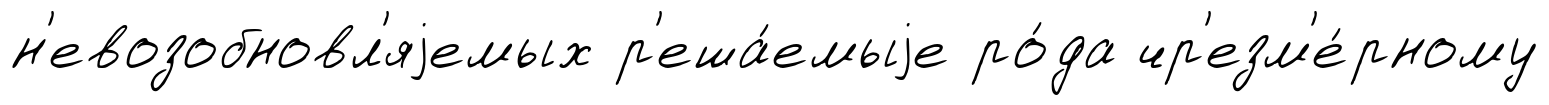
н'евозобновл'яjемых р'еша́емыjе ро́да чр'езм'е́рному